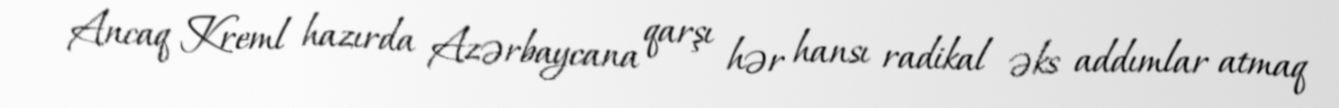
Ancaq Kreml hazırda Azərbaycana qarşı hər hansı radikal əks addımlar atmaq